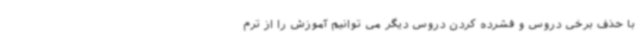
با حذف برخی دروس و فشرده کردن دروس دیگر می توانیم آموزش را از ترم